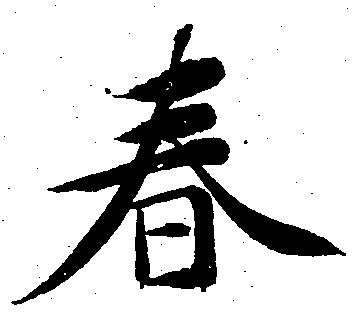
春